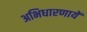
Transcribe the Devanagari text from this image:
अभिधारणायें